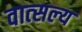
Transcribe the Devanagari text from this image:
वात्‍सल्‍य